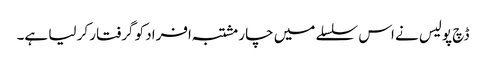
ڈچ پولیس نے اس سلسلے میں چار مشتبہ افراد کو گرفتار کر لیا ہے۔